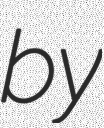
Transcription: by